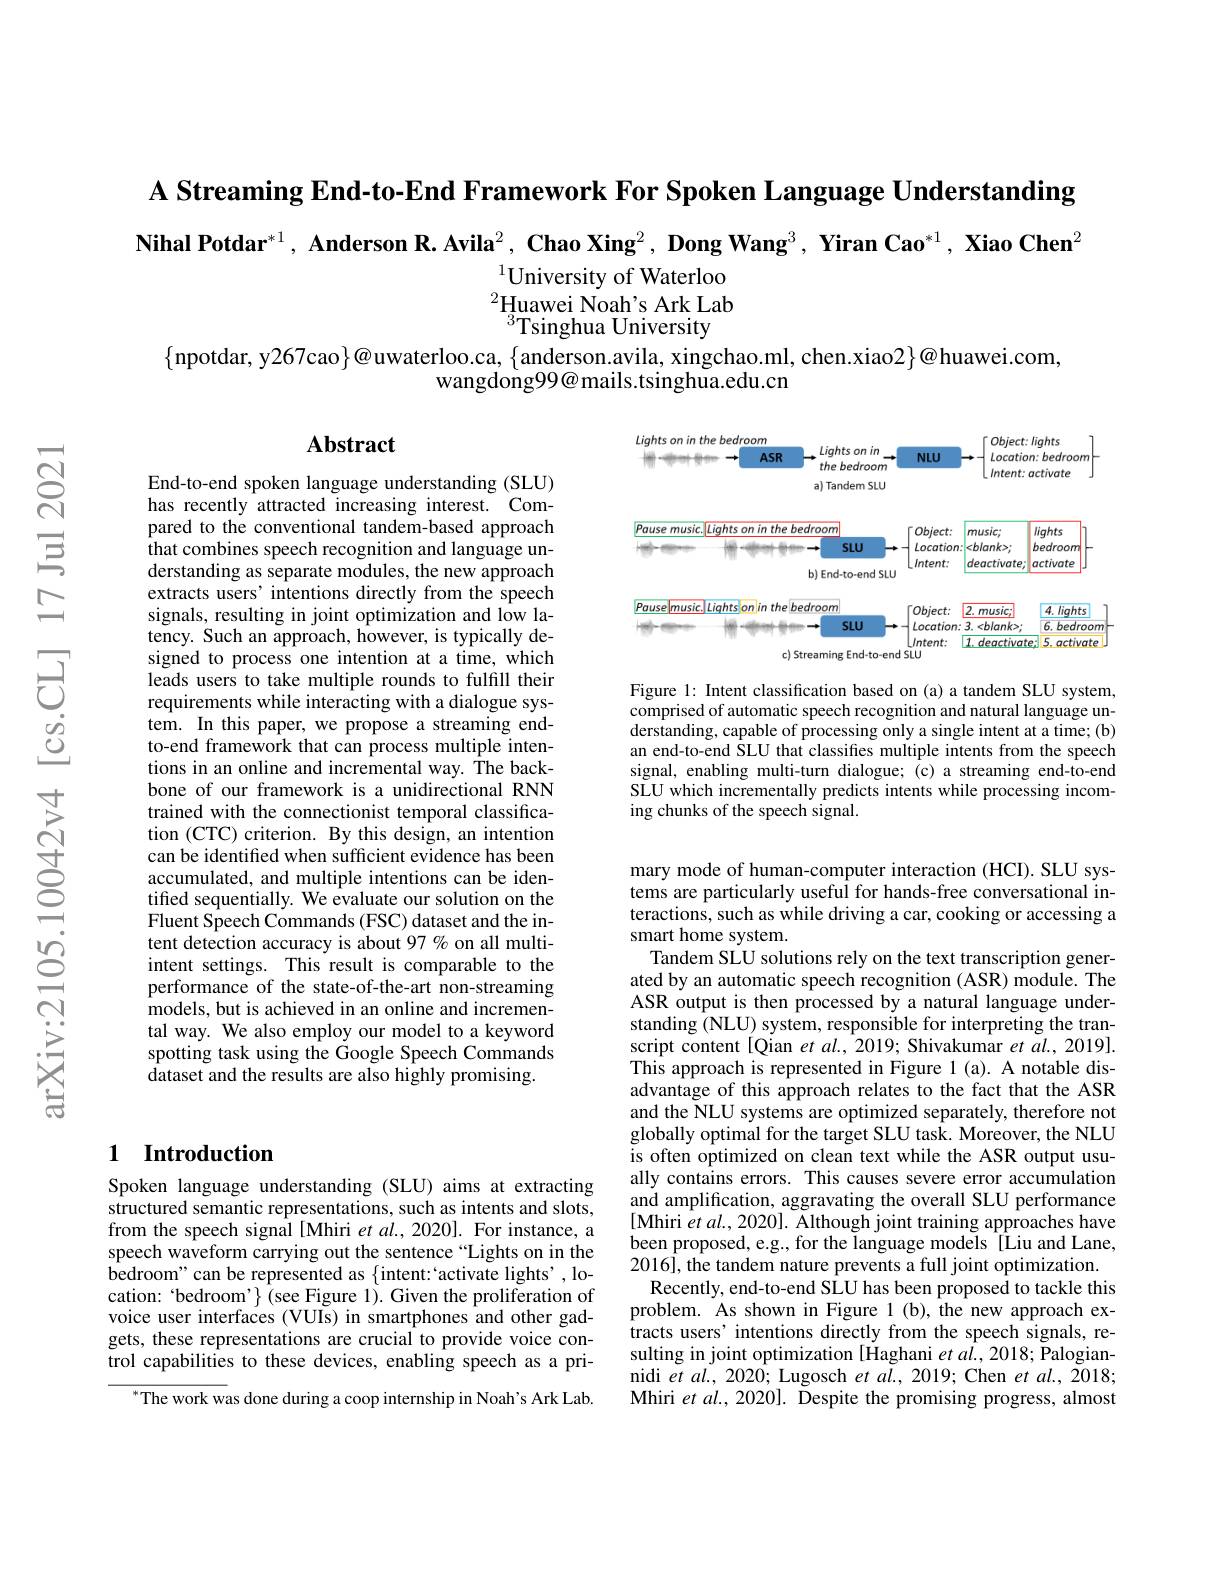
A Streaming End-to-End Framework For Spoken Language Understanding

$\textbf{Nihal Potdar}^{*1},\textbf{ Anderson R. Avila}^2,\textbf{ Chao Xing}^2,\textbf{ Dong Wang}^3,\textbf{ Yiran Cao}^{*1},\textbf{ Xiao Chen}^2$

$^{1}$University of Waterloo $^{2}\underset{3\square}{\operatorname*{\operatorname*{Huawei}}}$Noah's Ark Lab $^{3}$Tsinghua University

$\{$npotdar, y267cao$\}@$uwaterloo.ca, $\{$anderson.avila, xingchao.ml, chen.xiao2$\}@$huawei.com,
wangdong$99@$mails.tsinghua.edu.cn

## Abstract

<FigureHere>

Figure 1: Intent classification based on (a) a tandem SLU system, comprised of automatic speech recognition and natural language understanding, capable of processing only a single intent at a time; (b) an end-to-end SLU that classifies multiple intents from the speech signal, enabling multi-turn dialogue; (c) a streaming end-to-end SLU which incrementally predicts intents while processing incoming chunks of the speech signal.

End-to-end spoken language understanding (SLU) has recently attracted increasing interest. Compared to the conventional tandem-based approach that combines speech recognition and language understanding as separate modules, the new approach extracts users' intentions directly from the speech signals, resulting in joint optimization and low latency. Such an approach, however, is typically designed to process one intention at a time, which leads users to take multiple rounds to fulfill their requirements while interacting with a dialogue system. In this paper, we propose a streaming endto-end framework that can process multiple intentions in an online and incremental way. The backbone of our framework is a unidirectional RNN trained with the connectionist temporal classification (CTC) criterion. By this design, an intention can be identified when sufficient evidence has been accumulated, and multiple intentions can be identifed sequentially. We evaluate our solution on the Fluent Speech Commands (FSC) dataset and the intent detection accuracy is about 97 % on all multiintent settings. This result is comparable to the performance of the state-of-the-art non-streaming models, but is achieved in an online and incremental way. We also employ our model to a keyword spotting task using the Google Speech Commands dataset and the results are also highly promising.

mary mode of human-computer interaction (HCI). SLU systems are particularly useful for hands-free conversational interactions, such as while driving a car, cooking or accessing a smart home system.
Tandem SLU solutions rely on the text transcription generated by an automatic speech recognition (ASR) module. The ASR output is then processed by a natural language understanding (NLU) system, responsible for interpreting the transcript content [Qian et al., 2019; Shivakumar et al., 2019]. This approach is represented in Figure 1 (a). A notable disadvantage of this approach relates to the fact that the ASR and the NLU systems are optimized separately, therefore not globally optimal for the target SLU task. Moreover, the NLU is often optimized on clean text while the ASR output usually contains errors. This causes severe error accumulation and amplification, aggravating the overall SLU performance [Mhiri et al., 2020]. Although joint training approaches have been proposed, e.g., for the language models [Liu and Lane, 2016], the tandem nature prevents a full joint optimization.
Recently, end-to-end SLU has been proposed to tackle this problem. As shown in Figure 1(b), the new approach extracts users' intentions directly from the speech signals, resulting in joint optimization [Haghani et a$\hat{l}.,2018;$ Palogiannidi $etal.,2020;$ Lugosch $eta\tilde{l}.,2019;$ Chen $etal.,2018;$ Mhiri et al., 2020]. Despite the promising progress, almost

## 1 Introduction

Spoken language understanding (SLU) aims at extracting structured semantic representations, such as intents and slots, from the speech signal [Mhiri et al., 2020]. For instance, a speech waveform carrying out the sentence“Lights on in the bedroom" can be represented as {intent:‘activate lights', location: “bedroom’ $\}$ (see Figure 1). Given the proliferation of voice user interfaces (VUIs) in smartphones and other gadgets, these representations are crucial to provide voice control capabilities to these devices, enabling speech as a pri-

$^{*}$The work was done during a coop internship in Noah's Ark Lab.